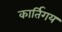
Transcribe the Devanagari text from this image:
कार्तिगय